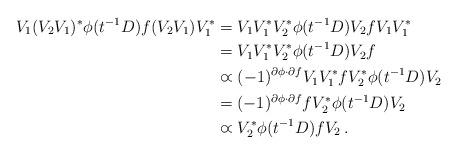
LaTeX: \begin{align*}V_1(V_2V_1)^*\phi(t^{-1}D)f(V_2V_1)V_1^*&=V_1V_1^*V_2^*\phi(t^{-1}D)V_2fV_1V_1^*\\&=V_1V_1^*V_2^*\phi(t^{-1}D)V_2f\\&\varpropto (-1)^{\partial \phi\cdot\partial f}V_1V_1^*fV_2^*\phi(t^{-1}D)V_2\\&=(-1)^{\partial \phi\cdot\partial f}fV_2^*\phi(t^{-1}D)V_2\\&\varpropto V_2^*\phi(t^{-1}D)fV_2\,.\end{align*}